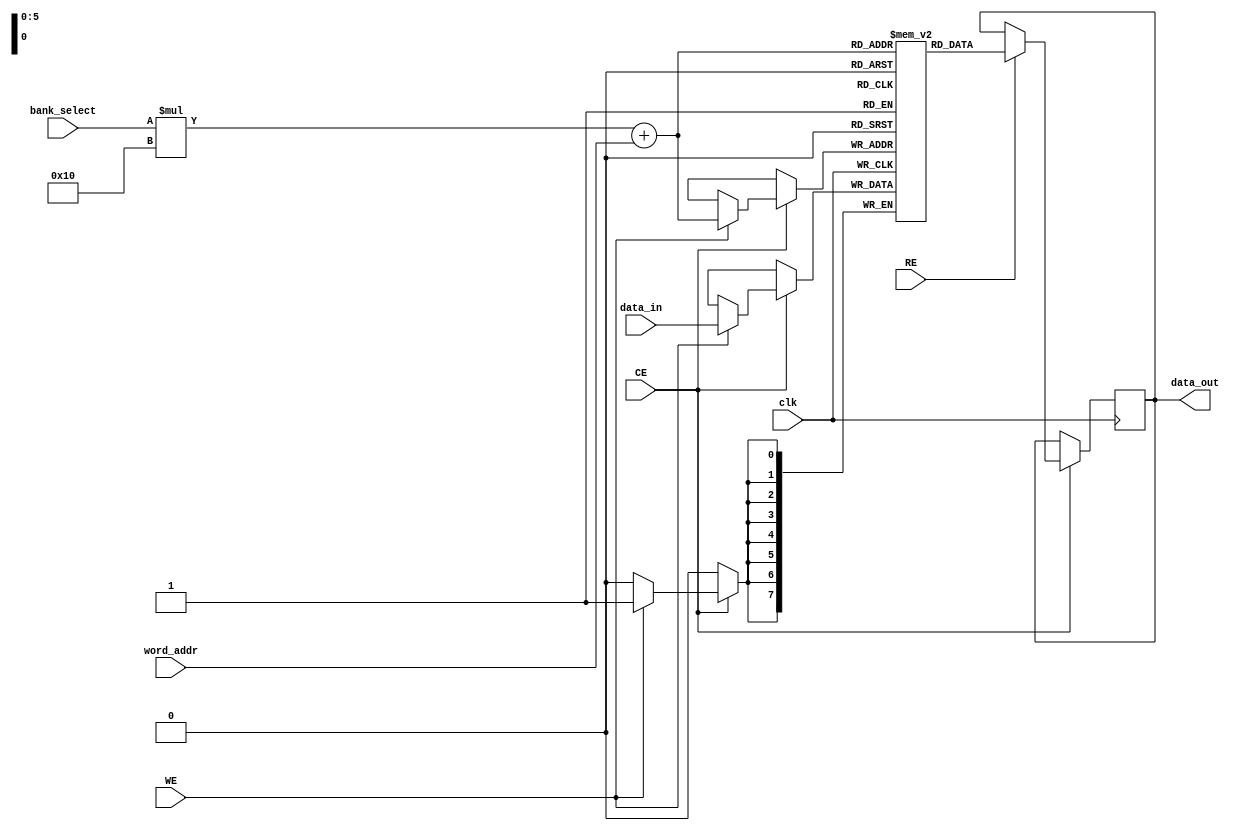
module MultiBankSRAM #(
    parameter NUM_BANKS = 4,    // Number of banks
    parameter ADDR_WIDTH = 4,    // Address width per bank
    parameter DATA_WIDTH = 8,     // Data width
    parameter BANK_SIZE = 16      // Number of words per bank
)(
    input wire clk,               // Clock signal
    input wire [NUM_BANKS-1:0] bank_select, // Bank select lines
    input wire [ADDR_WIDTH-1:0] word_addr,   // Word address within the bank
    input wire [DATA_WIDTH-1:0] data_in,      // Data input
    input wire RE,                 // Read Enable
    input wire WE,                 // Write Enable
    input wire CE,                 // Chip Enable
    output reg [DATA_WIDTH-1:0] data_out      // Data output
);

    // Memory bank declaration
    reg [DATA_WIDTH-1:0] banks [0:NUM_BANKS-1][0:BANK_SIZE-1];

    // Read and Write operations
    always @(posedge clk) begin
        if (CE) begin
            if (WE) begin
                // Write operation
                banks[bank_select][word_addr] <= data_in;
            end 
            if (RE) begin
                // Read operation
                data_out <= banks[bank_select][word_addr];
            end
        end
    end

endmodule